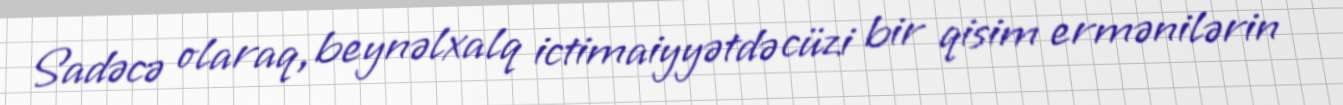
Sadəcə olaraq, beynəlxalq ictimaiyyətdə cüzi bir qisim ermənilərin